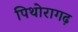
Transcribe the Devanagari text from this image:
पिथोरागढ़